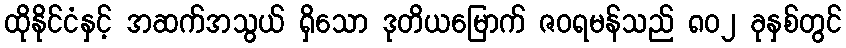
ထိုနိုင်ငံနှင့် အဆက်အသွယ် ရှိသော ဒုတိယမြောက် ဇဝရမန်သည် ၈၀၂ ခုနှစ်တွင်